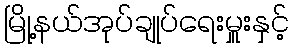
မြို့နယ်အုပ်ချုပ်ရေးမှူးနှင့်